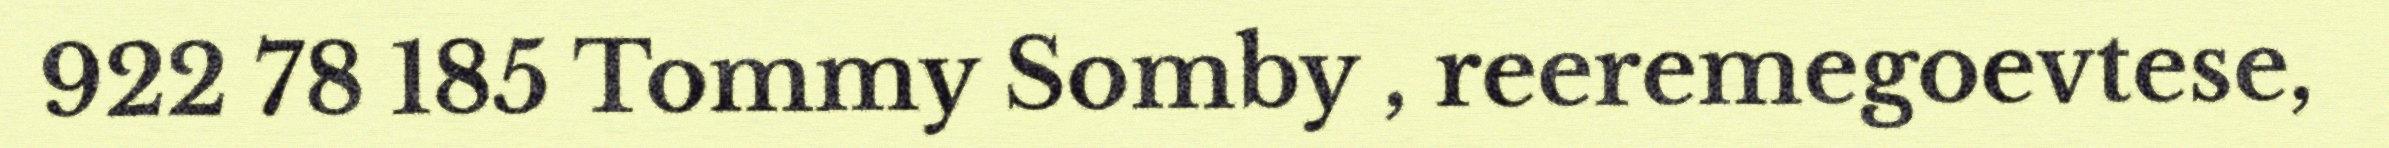
922 78 185 Tommy Somby , reeremegoevtese,